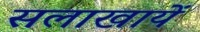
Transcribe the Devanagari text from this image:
सलाखायें